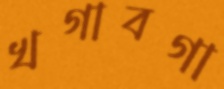
খগাবগা